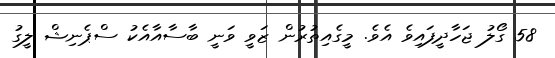
58 ގޯލު ޖަހާދީފައިވެ އެވެ. މީގެއިތުރުން ޒަވީ ވަނީ ބާސާއާއެކު ސްޕެނިޝް ލީގު